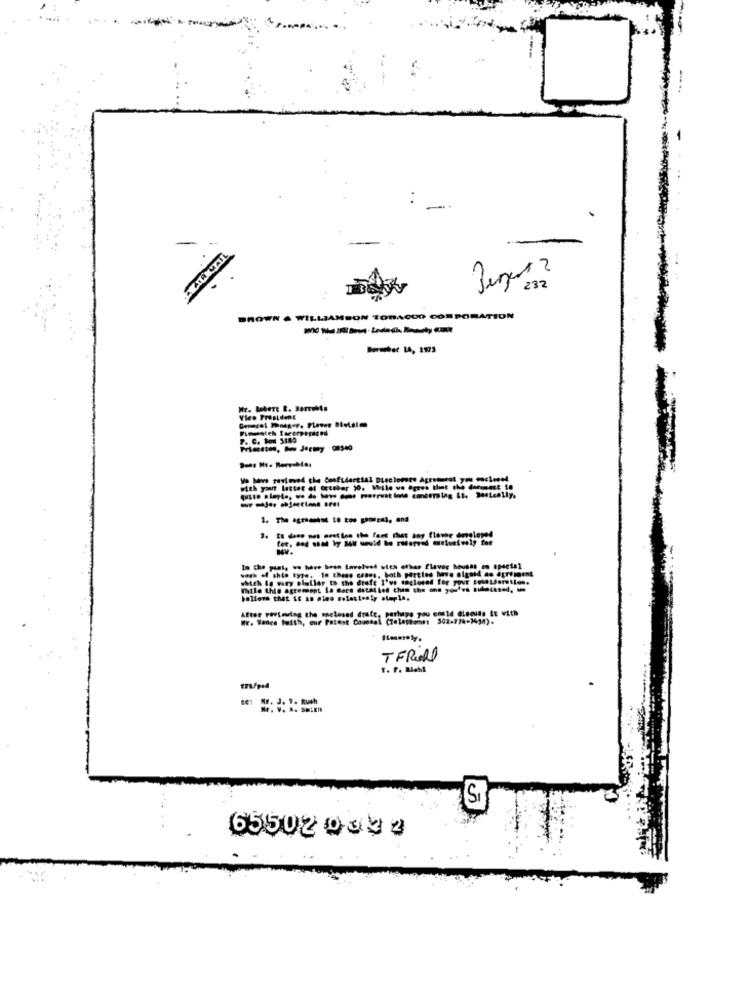
232
BROWN . WILLIAMSON TORACOO CORPORATION
Boraber 14, 1993
Vice President
7. C. Box 5849
Wo havs savioved the Confidential Diselonte Agretorat you enclose!
1. The agriasest 10 tos gangs), and
3. It does nos nostien the fact that any flower developed
work of this type, In these cases, both parties have sigaid as agreggent
In the past, we have been Involved with other flaver houses en speciel
which ig wary plullar to the drafe I've soclosed for your iusalderellos.
While thie agrement 1. Bors datalied chen the one you've sidotered,
After reviewing the enclosed draft, perhaps you enie discuss It with
WY. Weare faith, cur Patest Comeal (Telephone: 302-774-1934).
TFRoll
r. P. M.M
ces Mr. J. 1. Ruch
Nr. V. .. SHEEH
65502 0039